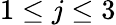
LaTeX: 1\le j\le 3